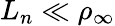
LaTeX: L_{n}\ll\rho_{\infty}